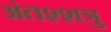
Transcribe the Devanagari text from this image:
अंतश्शत्रु